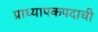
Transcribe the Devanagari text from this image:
प्राध्यापकपदाची